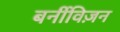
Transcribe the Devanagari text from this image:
बर्नीविज़न